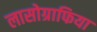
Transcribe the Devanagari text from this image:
लासोग्राफिया